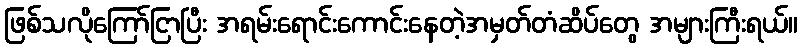
ဖြစ်သလိုကြော်ငြာပြီး အရမ်းရောင်းကောင်းနေတဲ့အမှတ်တံဆိပ်တွေ အများကြီးရယ်။